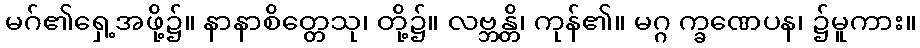
မဂ်၏ရှေ့အဖို့၌။ နာနာစိတ္တေသု၊ တို့၌။ လဗ္ဘန္တိ၊ ကုန်၏။ မဂ္ဂ က္ခဏေပန၊ ၌မူကား။